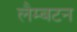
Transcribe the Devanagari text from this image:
लैम्बटन